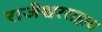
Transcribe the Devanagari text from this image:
राजेश्वरसहाय